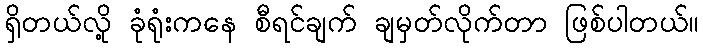
ရှိတယ်လို့ ခုံရုံးကနေ စီရင်ချက် ချမှတ်လိုက်တာ ဖြစ်ပါတယ်။